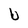
Character: U